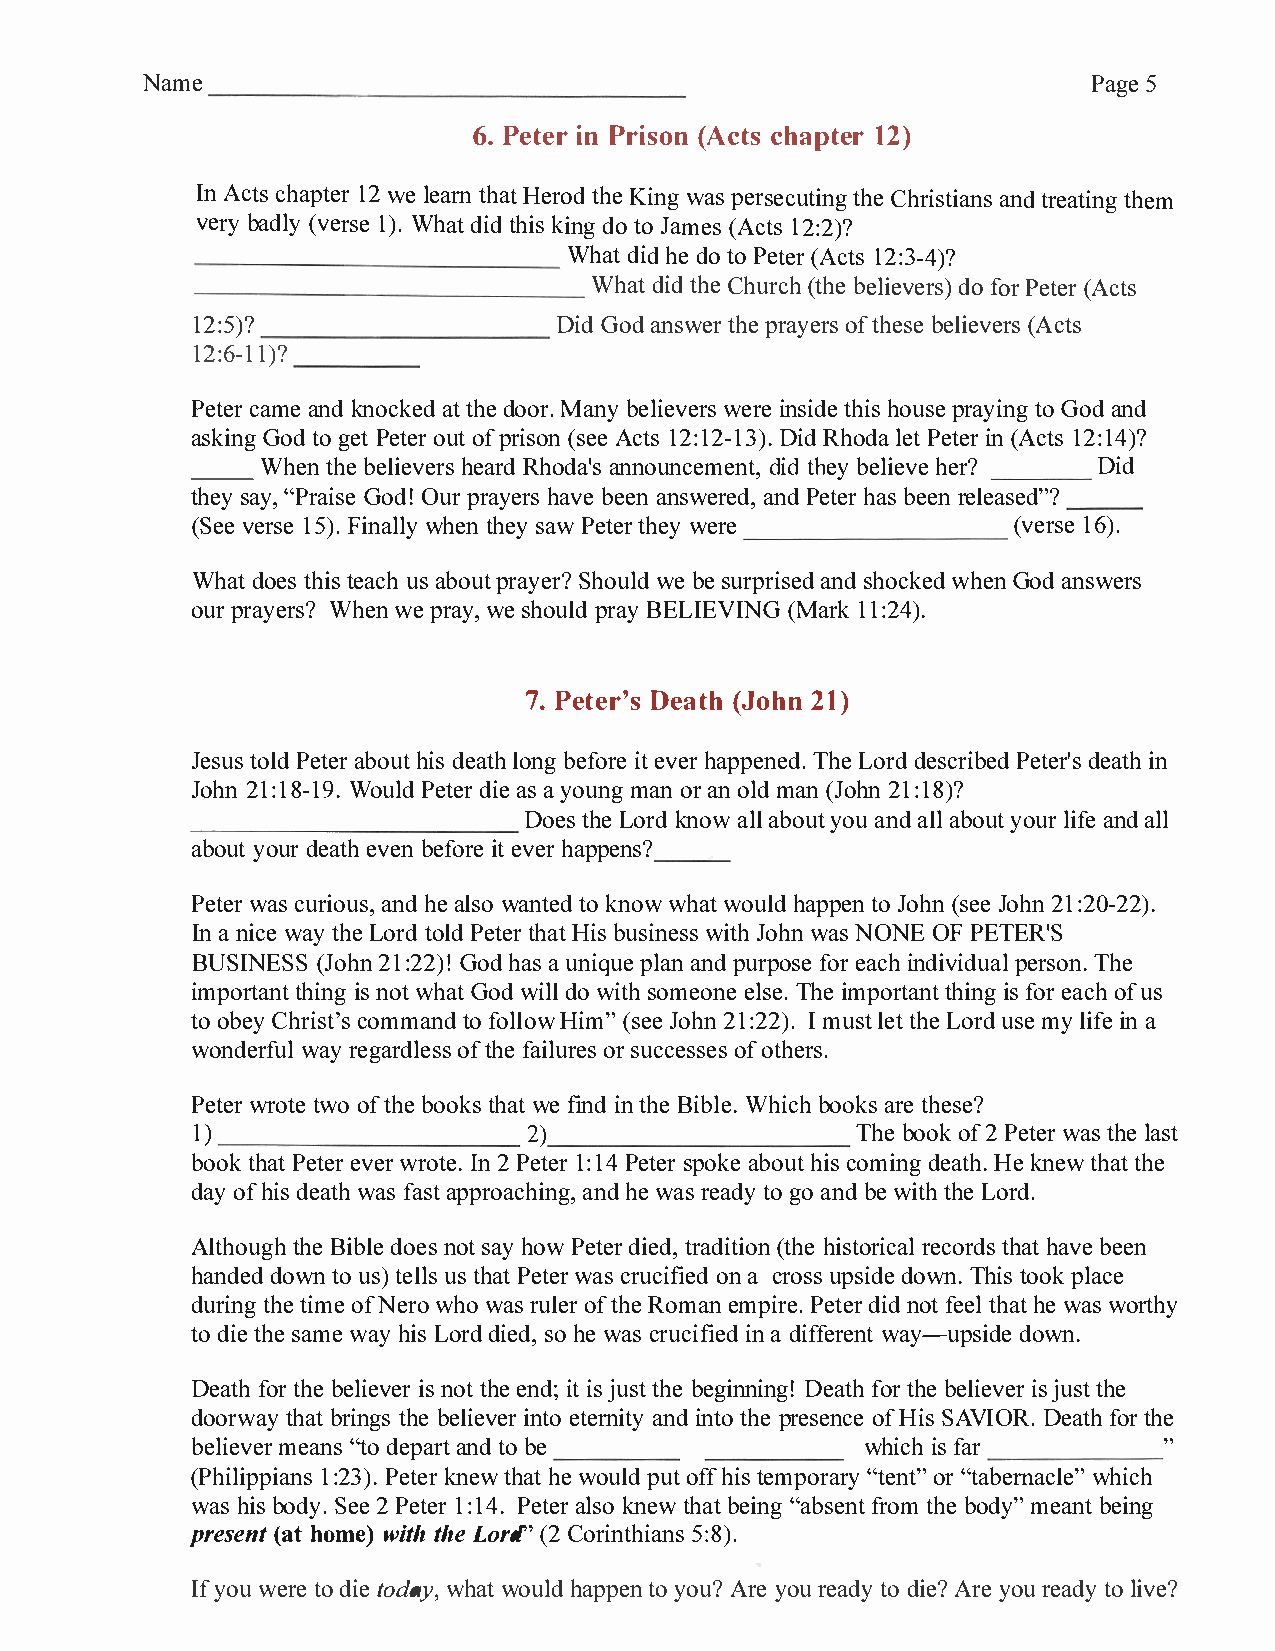
Name                                                           Page 5
 ----------------------------------
 6. Peter in Prison (Acts chapter 12)
 In Acts chapter 12 we learn that Herod the King was persecuting the Christians and treating them
 very badly (verse 1). What did this king do to James (Acts 12:2)?
 What did he do to Peter (Acts 12:3-4)?
 ______________________
 What did the Church (the believers) do for Peter (Acts
 _______________
 12:5)?                  Did God answer the prayers of these believers (Acts
 ____________
 12:6-11)?
 -----
 Peter came and knocked at the door. Many believers were inside this house praying to God and
 asking God to get Peter out of prison (see Acts 12:12-13). Did Rhoda let Peter in (Acts 12:14)?
 When the believers heard Rhoda's announcement, did they believe her? Did
 __
 they say, "Praise God! Our prayers have been answered, and Peter has been released"?
 ____
 (See verse 15). Finally when they saw Peter they were  (verse 16).
 What does this teach us about prayer? Should we be surprised and shocked when God answers
 our prayers? When we pray, we should pray BELIEVING (Mark 11 :24).
 7. Peter's Death (John 21)
 Jesus told Peter about his death long before it ever happened. The Lord described Peter's death in
 John 21:18-19. Would Peter die as a young man or an old man (John 21: 18)?
 Does the Lord know all about you and all about your life and all
 _______________________
 about your death even before it ever happens?
 ___
 Peter was curious, and he also wanted to know what would happen to John (see John 21 :20-22).
 In a nice way the Lord told Peter that His business with John was NONE OF PETER'S
 BUSINESS (John 21 :22)! God has a unique plan and purpose for each individual person. The
 important thing is not what God will do with someone else. The important thing is for each of us
 to obey Christ's command to follow Him" (see John 21: 22). I must let the Lord use my life in a
 wonderful way regardless of the failures or successes of others.
 Peter wrote two of the books that we find in the Bible. Which books are these?
 1)                    2)                    The book of 2 Peter was the last
 book that Peter ever wrote. In 2 Peter 1: 14 Peter spoke about his coming death. He knew that the
 day of his death was fast approaching, and he was ready to go and be with the Lord.
 Although the Bible does not say how Peter died, tradition (the historical records that have been
 handed down to us) tells us that Peter was crucified on a cross upside down. This took place
 during the time ofNero who was ruler of the Roman empire. Peter did not feel that he was worthy
 to die the same way his Lord died, so he was crucified in a different way-upside down.
 Death for the believer is not the end; it is just the beginning! Death for the believer is just the
 doorway that brings the believer into eternity and into the presence of His SAVIOR. Death for the
 believer means "to depart and to be          which is far       "
 (Philippians 1: 23). Peter knew that he would put off his temporary "tent" or "tabernacle" which
 was his body. See 2 Peter 1:14. Peter also knew that being "absent from the body" meant being
 present (at home) with the Lortf' (2 Corinthians 5:8).
 If you were to die today, what would happen to you? Are you ready to die? Are you ready to live?